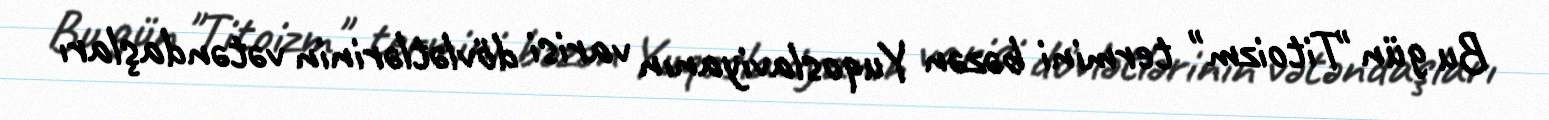
Bu gün "Titoizm" termini bəzən Yuqoslaviyanın varisi dövlətlərinin vətəndaşları